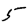
Digit: 5